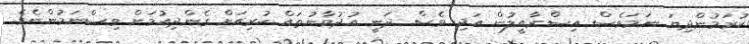
ކުރަމުންދިޔަ ނަމަވެސް އިސްރާއީލުން އަދި ވެސް ދަނީ އުދުވާނުތައް ކުރިއަށް ގެންދިއުމަށް ވިސްނަމުންނެވެ.